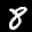
Label: 8